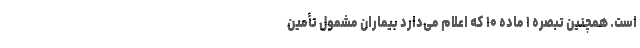
است. همچنین تبصره ۱ ماده ۱۰ که اعلام می‌دارد بیماران مشمول تأمین